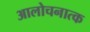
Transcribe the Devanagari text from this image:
आलोचनात्‍क